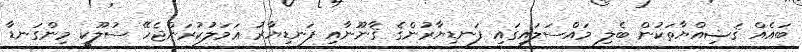
ބައެއް ޤަޟިއްޔާތަކުން ބެލި މައްސަލައިގައި ފަނޑިޔާރުންގެ ޤާނޫނާއި ފަނޑިޔާރު ޢަމަލުކުރަންޖެހޭ ސުލޫކީ މިންގަނޑާ